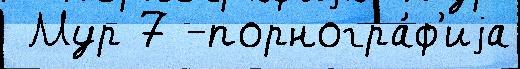
 Мур 7 -порногра́ф'иjа